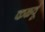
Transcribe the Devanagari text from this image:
कळवूं